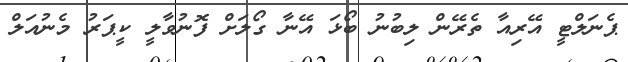
ޕެނަލްޓީ އޭރިއާ ތެރޭން ލިބުނު ބޯޅަ އޭނާ ގޯލަށް ފޮނުވާލީ ކީޕަރު މެނުއަލް